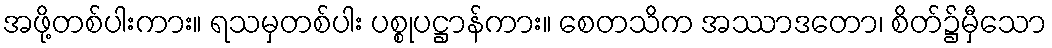
အဖို့တစ်ပါးကား။ ရသမှတစ်ပါး ပစ္စုပဋ္ဌာန်ကား။ စေတသိက အဿာဒတော၊ စိတ်၌မှီသော